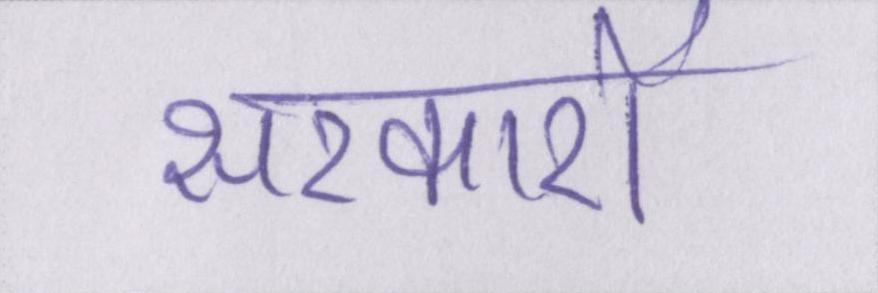
सरकारों